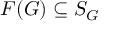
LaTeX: F ( G ) \subseteq S _ { G }